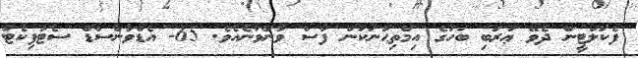
ފެކަލްޓީން ދެވޭ ޢަރަބި ބަހުގެ އިމްތިޙާނަކުން ފާސް ވާންވާނެއެވެ. 65- އެޑްވާންސްޑް ސެޓުފިކެޓު